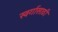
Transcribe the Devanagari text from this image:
स्वर्गासाठी